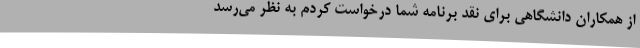
از همکاران دانشگاهی برای نقد برنامه شما درخواست کردم به نظر می‌رسد